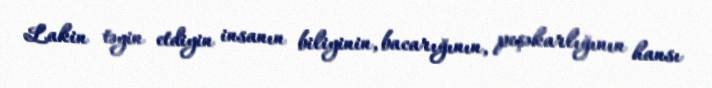
Lakin təyin etdiyin insanın biliyinin, bacarığının, peşəkarlığının hansı